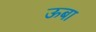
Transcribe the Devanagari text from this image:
ऊबा